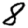
Digit: 8